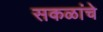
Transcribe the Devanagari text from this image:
सकळांचे